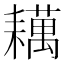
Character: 𬚑